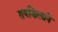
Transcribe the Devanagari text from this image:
तपशिलाने